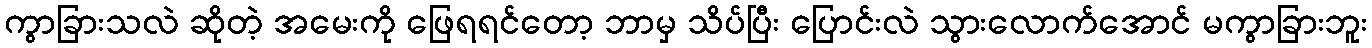
ကွာခြားသလဲ ဆိုတဲ့ အမေးကို ဖြေရရင်တော့ ဘာမှ သိပ်ပြီး ပြောင်းလဲ သွားလောက်အောင် မကွာခြားဘူး